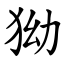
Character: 狕